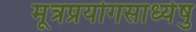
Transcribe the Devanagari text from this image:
मूत्रप्रयोगसाध्येषु